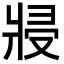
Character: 𭷆